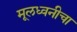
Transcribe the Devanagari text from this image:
मूलध्वनीचा